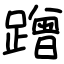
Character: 蹭